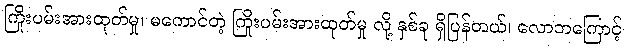
ကြိုးပမ်းအားထုတ်မှု၊ မကောင်တဲ့ ကြိုးပမ်းအားထုတ်မှု လို့ နှစ်ခု ရှိပြန်တယ်၊ လောဘကြောင့်